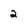
Character: 2